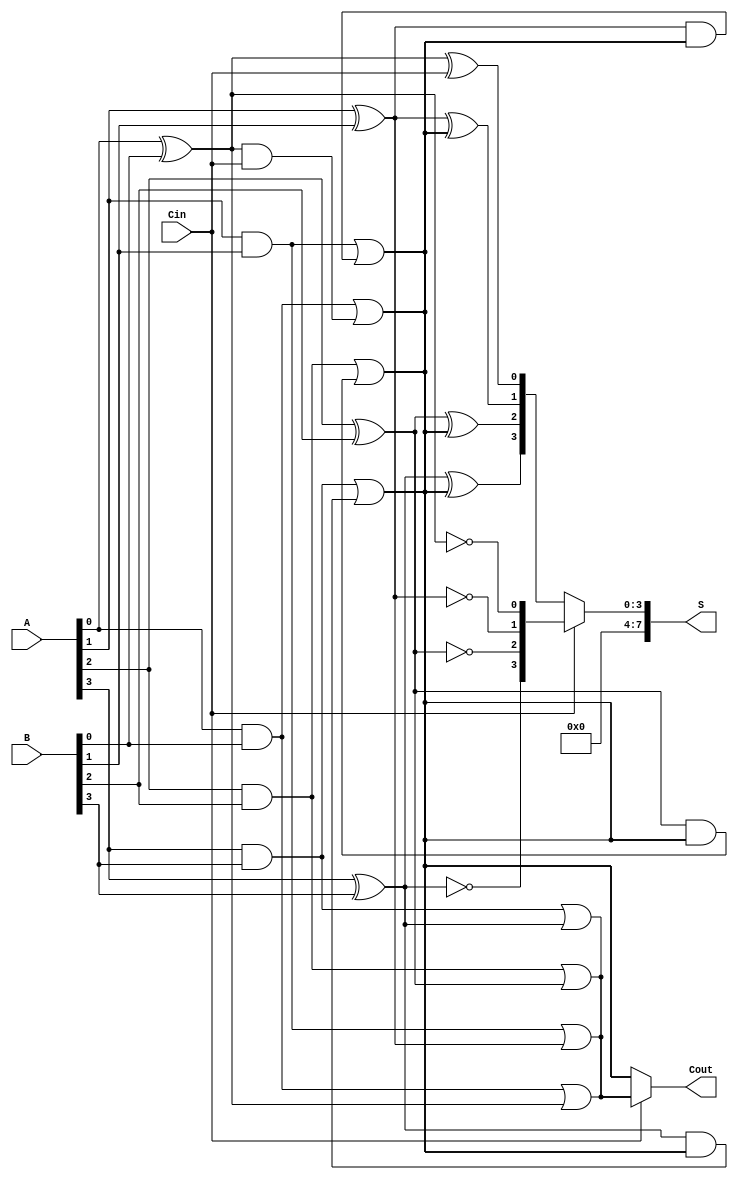
module CarrySelectAdder #(parameter N = 8) (
    input [N-1:0] A,     // First operand
    input [N-1:0] B,     // Second operand
    input Cin,           // Carry input
    output [N-1:0] S,    // Sum output
    output Cout          // Carry output
);
    // Internal signals
    wire [N/2-1:0] S0, S1; // Sum outputs for carry-in = 0 and carry-in = 1
    wire C0, C1;           // Carry outputs for carry-in = 0 and carry-in = 1
    wire [N/2-1:0] S_temp; // Temporary sum output
    wire C_temp;           // Temporary carry output

    // First level of Carry Select Adder
    generate
        genvar i;
        for (i = 0; i < N/2; i = i + 1) begin : adder_block
            // Adders for carry-in = 0
            if (i == 0) begin
                // First adder with Cin
                assign S0[i] = A[i] ^ B[i] ^ Cin;
                assign C0 = (A[i] & B[i]) | ((A[i] ^ B[i]) & Cin);
            end else begin
                // Subsequent adders
                assign S0[i] = A[i] ^ B[i] ^ C0;
                assign C0 = (A[i] & B[i]) | ((A[i] ^ B[i]) & C0);
            end

            // Adders for carry-in = 1
            assign S1[i] = A[i] ^ B[i] ^ 1'b1;
            assign C1 = (A[i] & B[i]) | ((A[i] ^ B[i]) & 1'b1);
        end
    endgenerate

    // MUX selection for sum and carry output
    assign S_temp = (Cin) ? S1 : S0;
    assign C_temp = (Cin) ? C1 : C0;

    // Final output assignment
    assign S = S_temp;
    assign Cout = C_temp;

endmodule